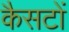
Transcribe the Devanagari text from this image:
कैसटों